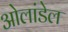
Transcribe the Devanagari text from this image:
ओलांडेल